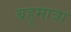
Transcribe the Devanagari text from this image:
बहुमात्रा